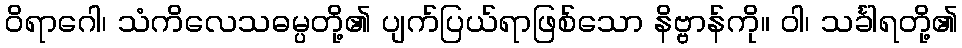
ဝိရာဂေါ၊ သံကိလေသဓမ္ပတို့၏ ပျက်ပြယ်ရာဖြစ်သော နိဗ္ဗာန်ကို။ ဝါ၊ သင်္ခါရတို့၏